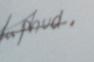
Signature authenticity: forged